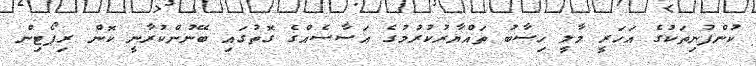
ކުންފުނިތަކުގެ އަހަރީ މާލީ ހިސާބު ތައްޔާރުކުރުމުގެ އަސާސެއްގެ ގޮތުގައި ބޭނުންކުރާނީ ކޮން ރިޕޯޓިން